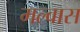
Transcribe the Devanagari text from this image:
मल्वास